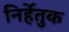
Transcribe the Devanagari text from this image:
निर्हेतुक